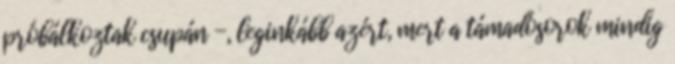
próbálkoztak csupán -, leginkább azért, mert a támadósorok mindig